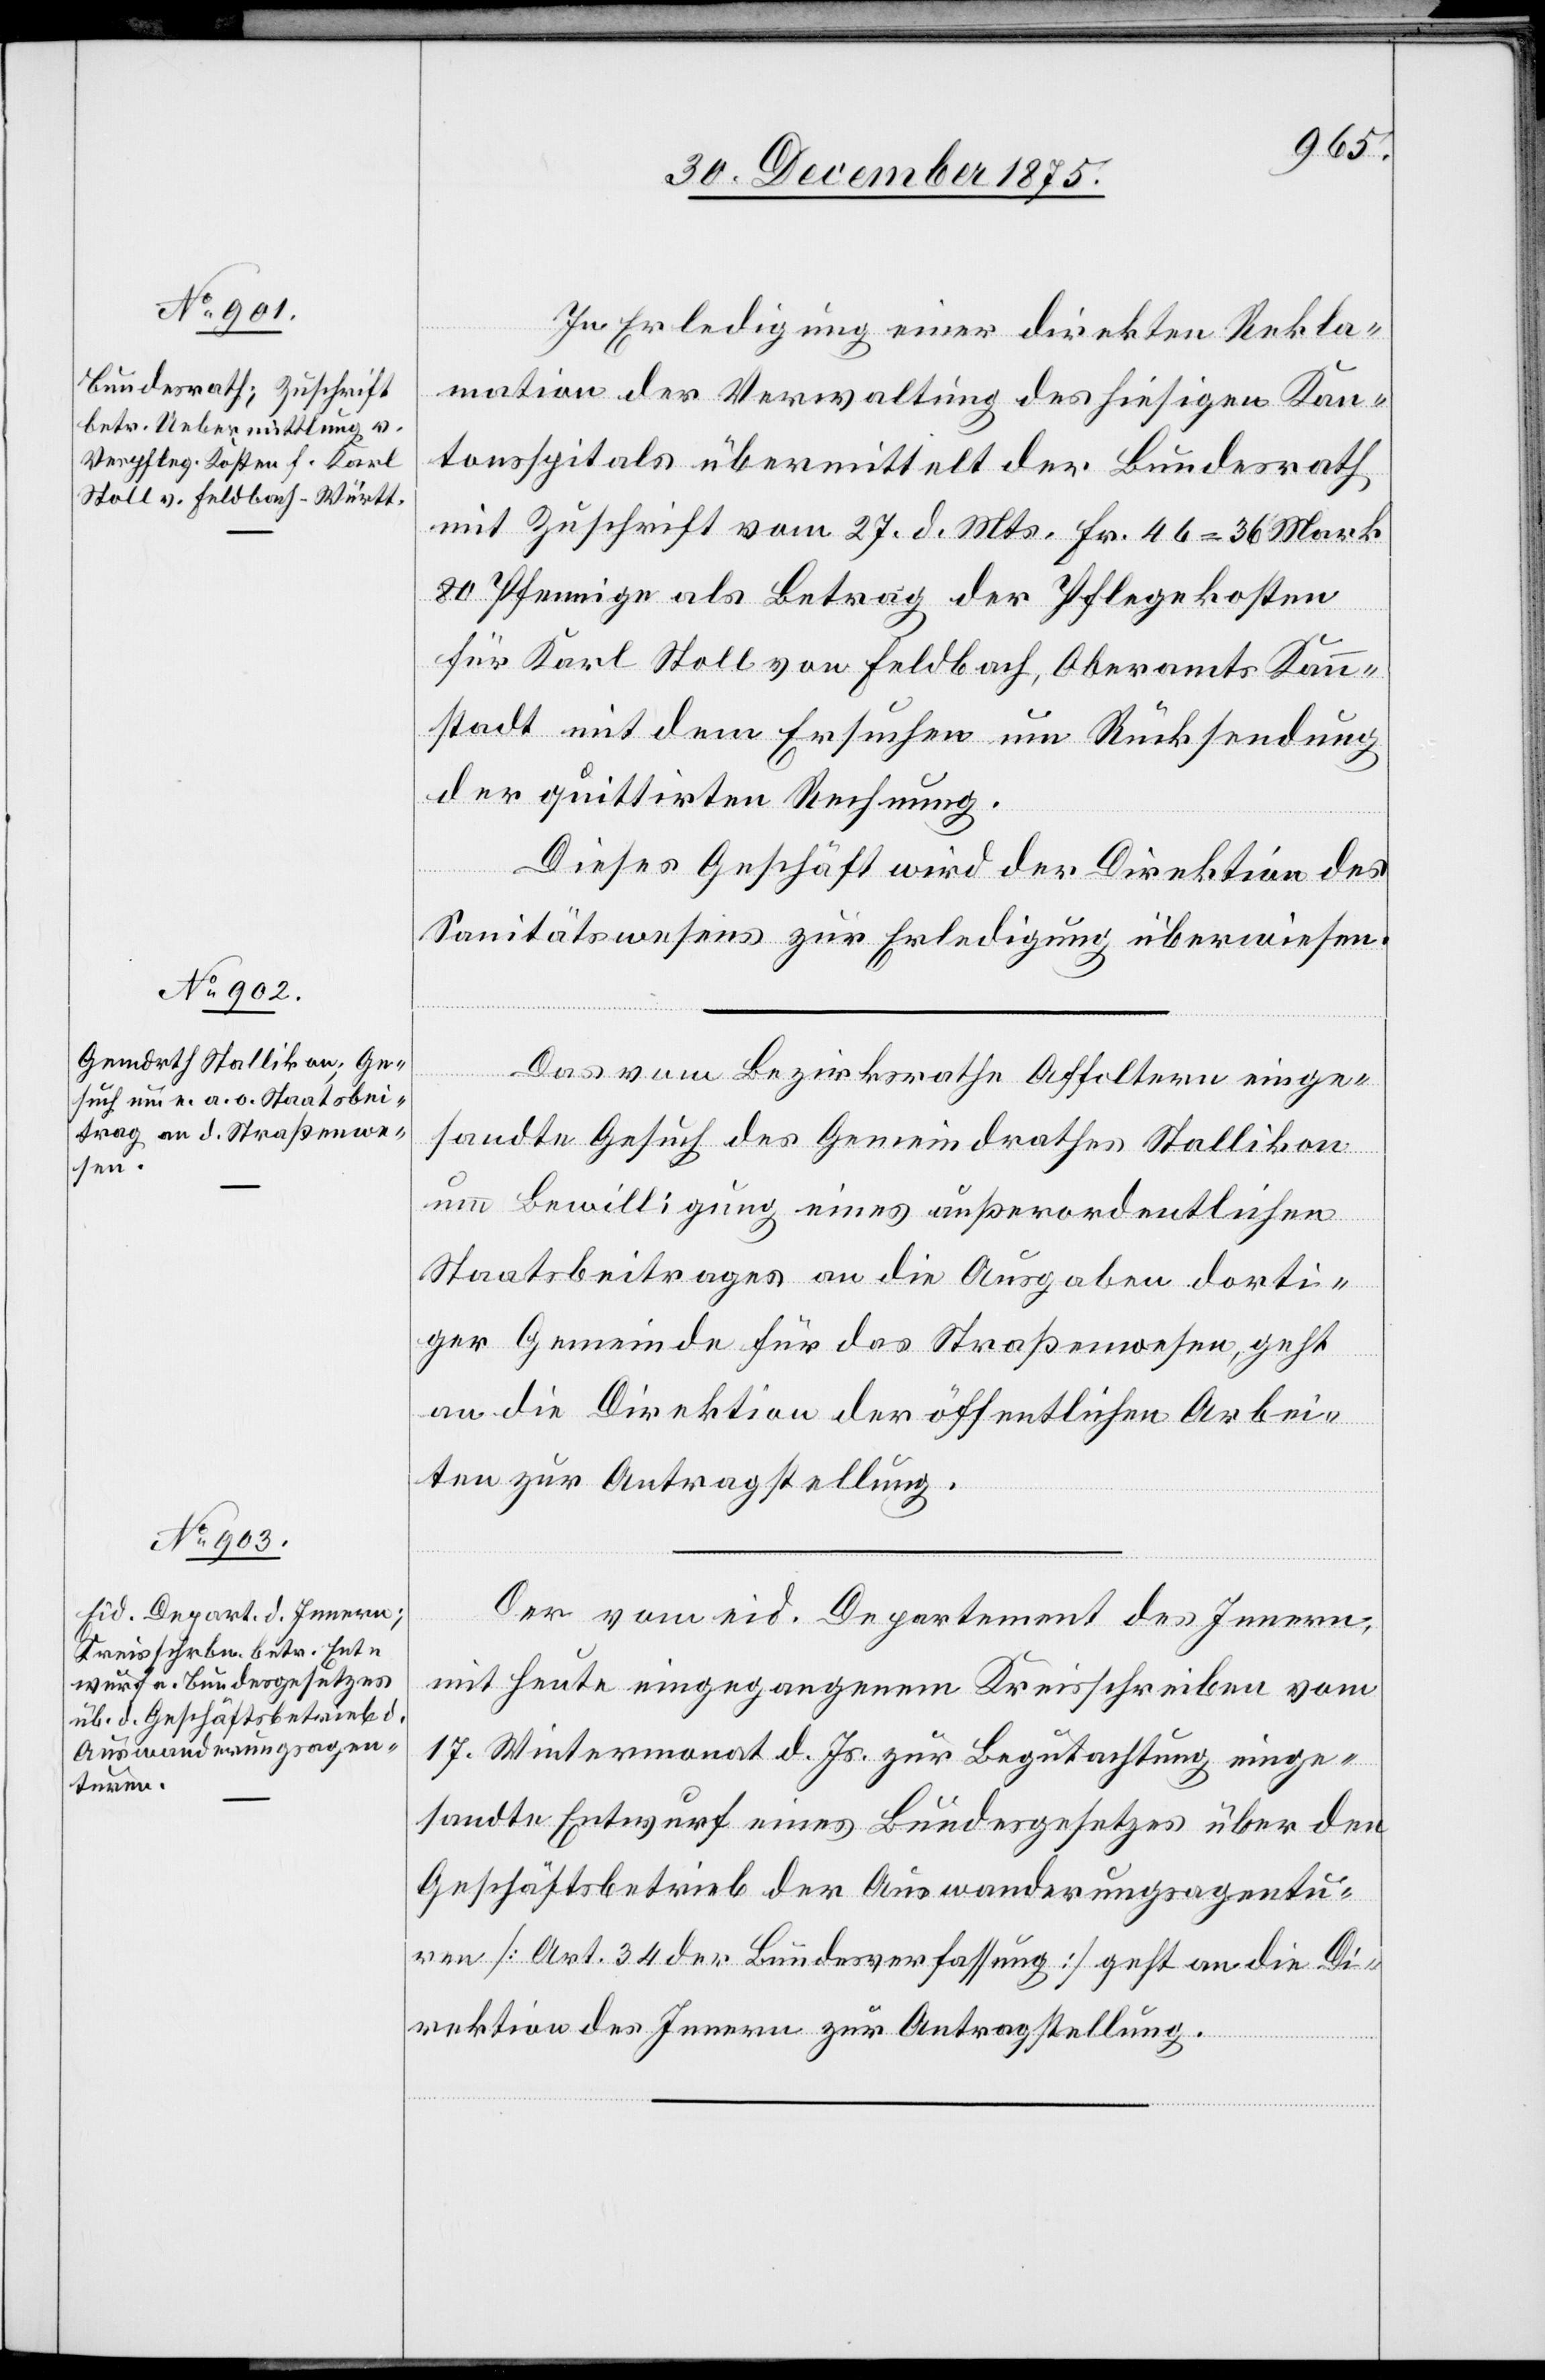
In Erledigung einer direkten Rekla¬
mation der Verwaltung des hiesigen Kan¬
tonsspitals übermittelt der Bundesrath
mit Zuschrift vom 27. d. Mts. Fr. 47 = 36 Mark
80 Pfennige als Betrag der Pflegekosten
für Karl Stoll von Feldbach, Oberamts Kann¬
stadt mit dem Ersuchen um Rücksendung
der quittirten Rechnung.
30.
Dieses Geschäft wird der Direktion des
Sanitätswesens zur Erledigung überwiesen.
Das vom Bezirksrathe Affoltern einge¬
sandte Gesuch des Gemeindrathes Stallikon
um Bewilligung eines außerordentlichen
Staatsbeitrages an die Ausgaben dorti¬
ger Gemeinde für das Straßenwesen, geht
an die Direktion der öffentlichen Arbei¬
ten zur Antragstellung.
Der vom eid. Departement des Innern,
mit heute eingegangenem Kreisschreiben vom
17. Wintermonat d. Js. zur Begutachtung einge¬
sandte Entwurf eines Bundesgesetzes über den
Geschäftsbetrieb der Auswanderungsagentu¬
ren [Art. 34 der Bundesverfassung] geht an die Di¬
rektion des Innern zur Antragstellung.